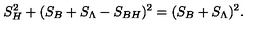
S _ { H } ^ { 2 } + ( S _ { B } + S _ { \Lambda } - S _ { B H } ) ^ { 2 } = ( S _ { B } + S _ { \Lambda } ) ^ { 2 } .